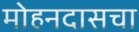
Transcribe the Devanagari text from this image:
मोहनदासचा